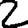
Digit: 2